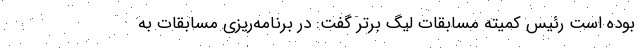
بوده است رئیس کمیته مسابقات لیگ برتر گفت: در برنامه‌ریزی مسابقات به